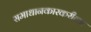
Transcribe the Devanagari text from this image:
समाधानकारकरीत्या